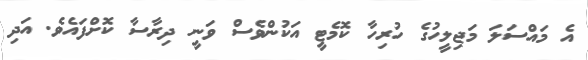
އެ މައްސަލަ މަޖިލީހުގެ ހުރިހާ ކޮމެޓީ އަކުންވެސް ވަނީ ދިރާސާ ކޮށްފައެވެ. އަދި